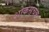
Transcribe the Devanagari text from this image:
शोकसूचक